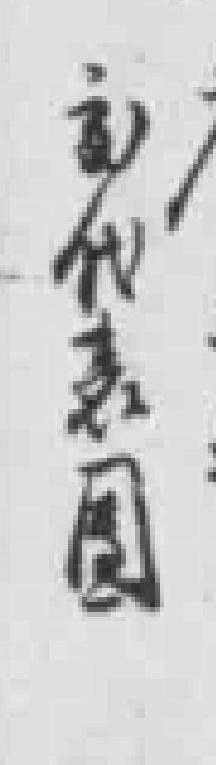
*代表團